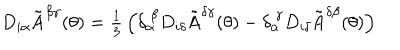
D _ { i \alpha } \tilde { \mathrm { A } } ^ { \beta \gamma } ( \theta ) = \textstyle { \frac { 1 } { 3 } } \left( \delta _ { \alpha } ^ { ~ \beta } D _ { i \delta } \tilde { \mathrm { A } } ^ { \delta \gamma } ( \theta ) - \delta _ { \alpha } ^ { ~ \gamma } D _ { i \delta } \tilde { \mathrm { A } } ^ { \delta \beta } ( \theta ) \right)